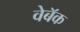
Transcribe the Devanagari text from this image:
वेबॅक